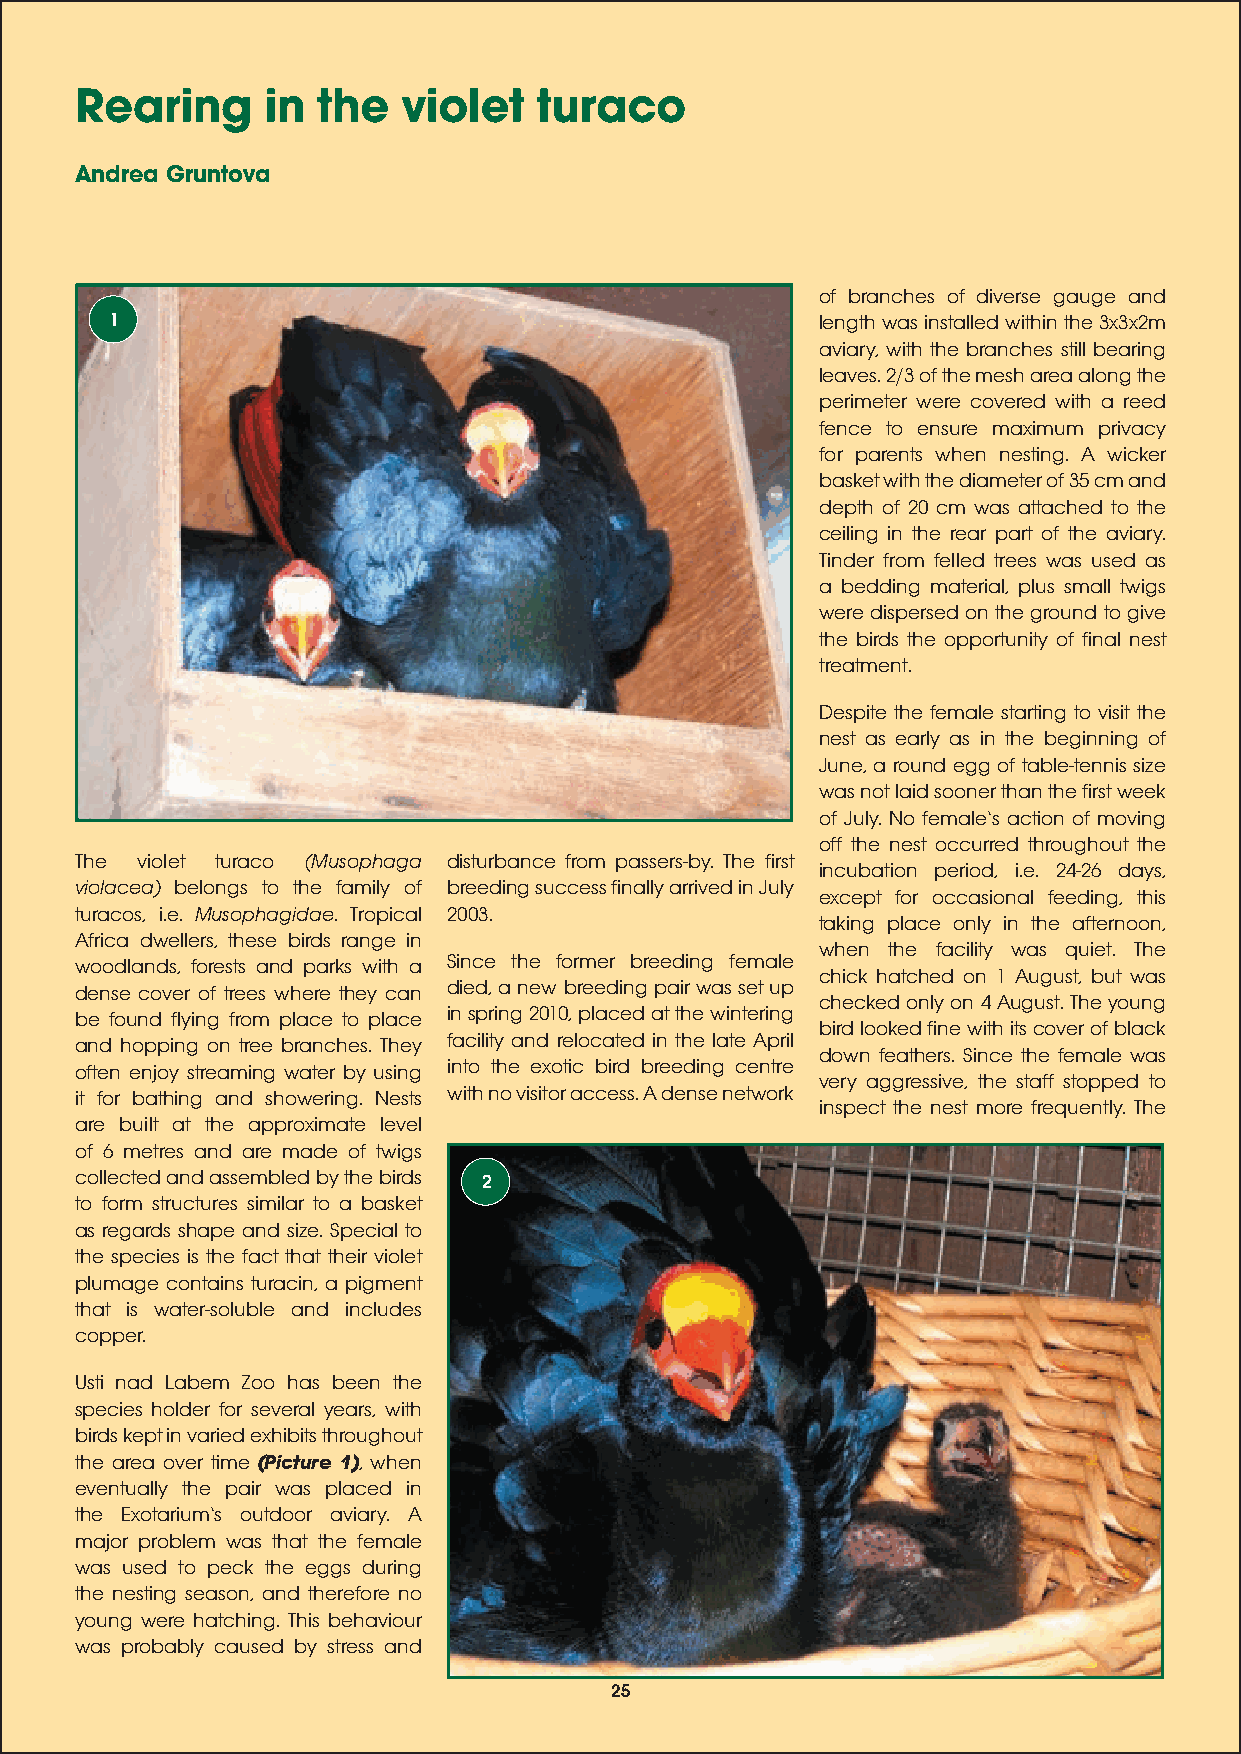
Rearing      in the   violet   turaco
 Andrea Gruntova
 of branches of diverse gauge and
 1                                              length was installed within the 3x3x2m
 aviary, with the branches still bearing
 leaves. 2/3 of the mesh area along the
 perimeter were covered with a reed
 fence to ensure maximum privacy
 for parents when nesting. A wicker
 basket with the diameter of 35 cm and
 depth of 20 cm was attached to the
 ceiling in the rear part of the aviary.
 Tinder from felled trees was used as
 a bedding material, plus small twigs
 were dispersed on the ground to give
 the birds the opportunity of final nest
 treatment.
 Despite the female starting to visit the
 nest as early as in the beginning of
 June, a round egg of table-tennis size
 was not laid sooner than the first week
 of July. No females action of moving
 off the nest occurred throughout the
 The violet turaco (Musophaga disturbance from passers-by. The first
 incubation period, i.e. 24-26 days,
 violacea) belongs to the family of breeding success finally arrived in July
 except for occasional feeding, this
 turacos, i.e. Musophagidae. Tropical 2003.
 taking place only in the afternoon,
 Africa dwellers, these birds range in
 when the facility was quiet. The
 woodlands, forests and parks with a Since the former breeding female
 chick hatched on 1 August, but was
 dense cover of trees where they can died, a new breeding pair was set up
 checked only on 4 August. The young
 be found flying from place to place in spring 2010, placed at the wintering
 bird looked fine with its cover of black
 and hopping on tree branches. They facility and relocated in the late April
 down feathers. Since the female was
 often enjoy streaming water by using into the exotic bird breeding centre
 very aggressive, the staff stopped to
 it for bathing and showering. Nests with no visitor access. A dense network
 inspect the nest more frequently. The
 are built at the approximate level
 of 6 metres and are made of twigs
 collected and assembled by the birds 2
 to form structures similar to a basket
 as regards shape and size. Special to
 the species is the fact that their violet
 plumage contains turacin, a pigment
 that is water-soluble and includes
 copper.
 Usti nad Labem Zoo has been the
 species holder for several years, with
 birds kept in varied exhibits throughout
 the area over time (Picture 1), when
 eventually the pair was placed in
 the Exotariums outdoor aviary. A
 major problem was that the female
 was used to peck the eggs during
 the nesting season, and therefore no
 young were hatching. This behaviour
 was probably caused by stress and
 25